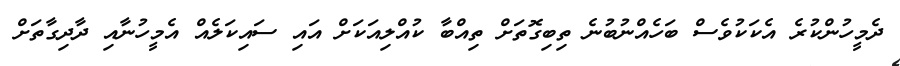
ދެމީހުންކުރެ އެކަކުވެސް ބަހެއްނުބުނެ ތިބިގޮތަށް ތިއްބާ ކުއްލިއަކަށް އައި ސައިކަލެއް އެމީހުނާއި ދާދިގާތަށް